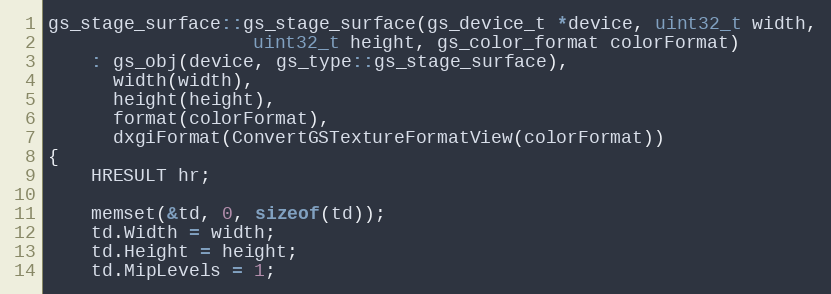
Language: C++
gs_stage_surface::gs_stage_surface(gs_device_t *device, uint32_t width,
				   uint32_t height, gs_color_format colorFormat)
	: gs_obj(device, gs_type::gs_stage_surface),
	  width(width),
	  height(height),
	  format(colorFormat),
	  dxgiFormat(ConvertGSTextureFormatView(colorFormat))
{
	HRESULT hr;

	memset(&td, 0, sizeof(td));
	td.Width = width;
	td.Height = height;
	td.MipLevels = 1;